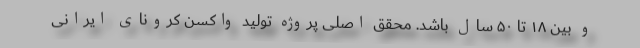
و بین ۱۸ تا ۵۰ سال باشد. محقق اصلی پروژه تولید واکسن کرونای ایرانی